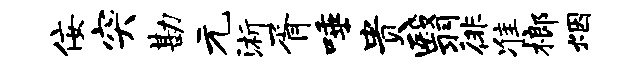
佞突勘元浙胥唾贵翳徘准榔烟